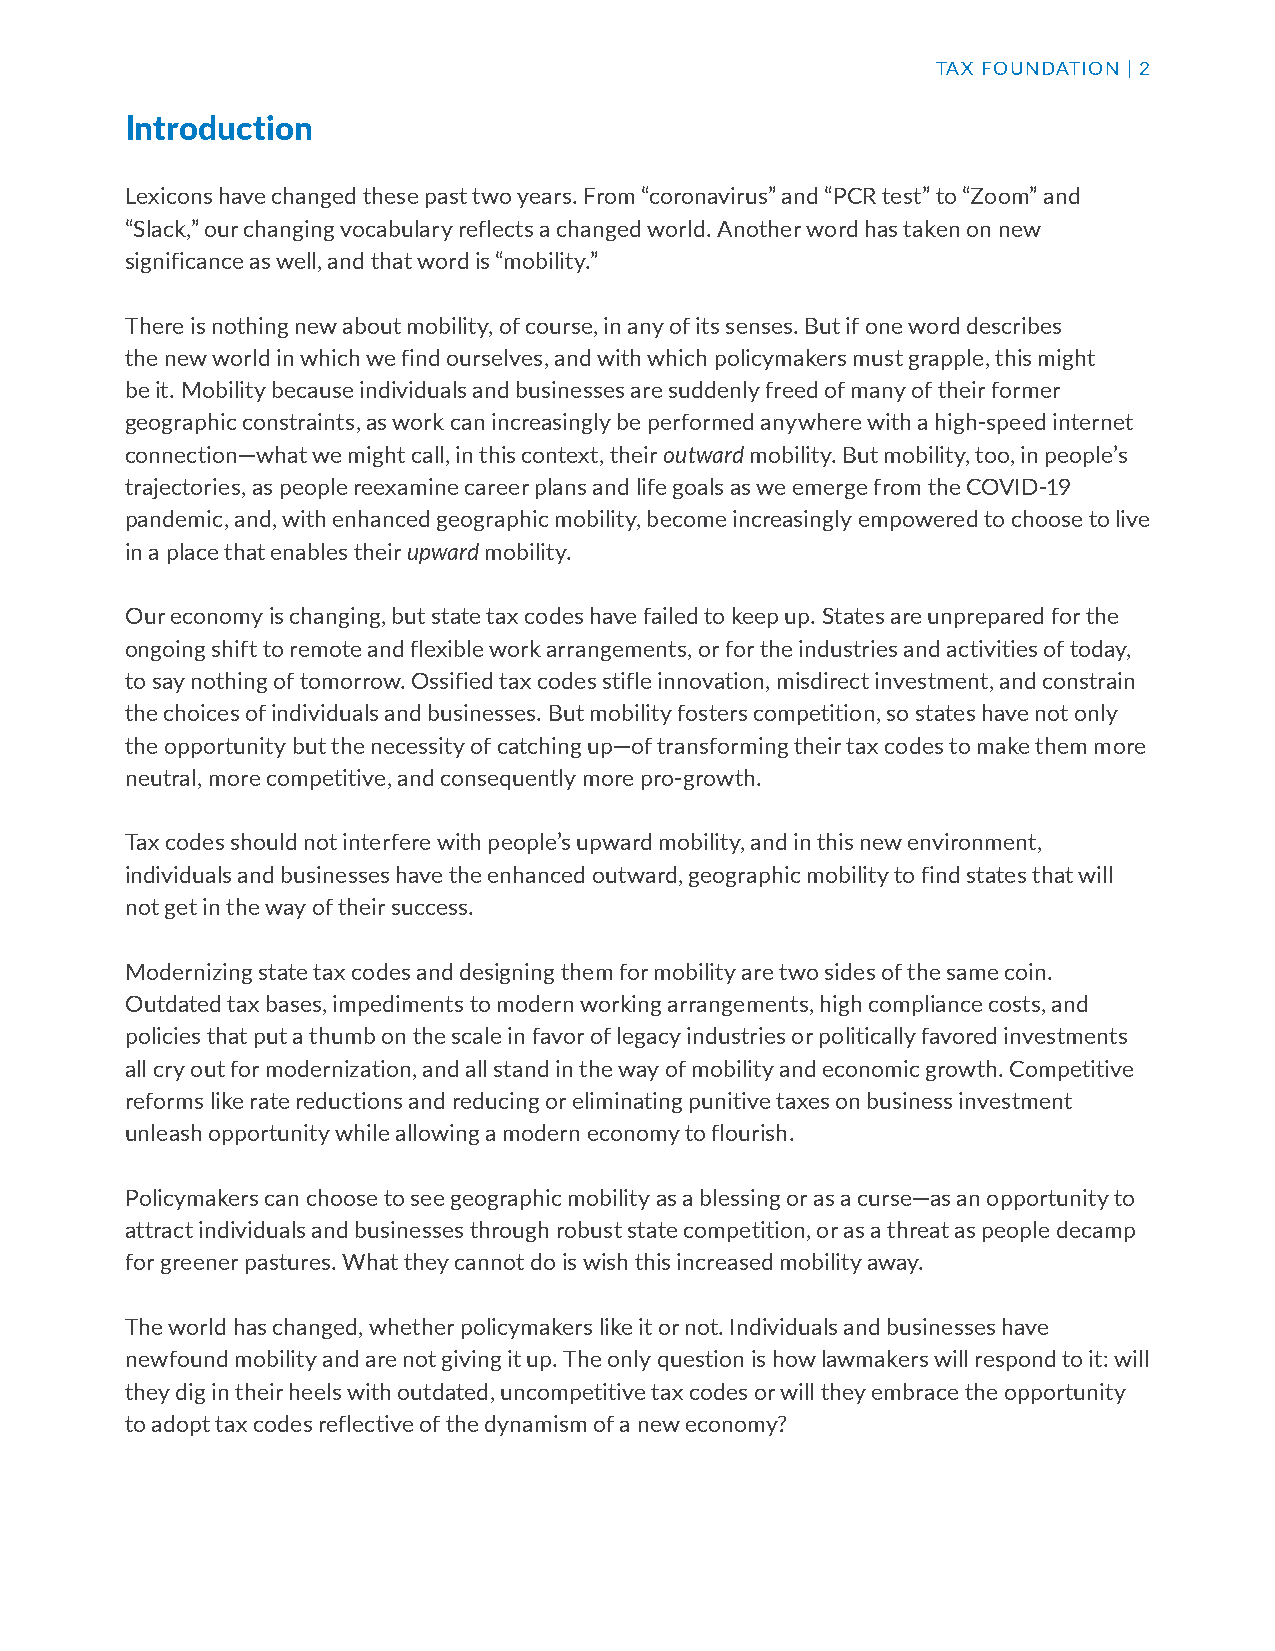
TAX FOUNDATION | 2
 Introduction
 Lexicons have changed these past two years. From “coronavirus” and “PCR test” to “Zoom” and
 “Slack,” our changing vocabulary reflects a changed world. Another word has taken on new
 significance as well, and that word is “mobility.”
 There is nothing new about mobility, of course, in any of its senses. But if one word describes
 the new world in which we find ourselves, and with which policymakers must grapple, this might
 be it. Mobility because individuals and businesses are suddenly freed of many of their former
 geographic constraints, as work can increasingly be performed anywhere with a high-speed internet
 connection—what we might call, in this context, their outward mobility. But mobility, too, in people’s
 trajectories, as people reexamine career plans and life goals as we emerge from the COVID-19
 pandemic, and, with enhanced geographic mobility, become increasingly empowered to choose to live
 in a place that enables their upward mobility.
 Our economy is changing, but state tax codes have failed to keep up. States are unprepared for the
 ongoing shift to remote and flexible work arrangements, or for the industries and activities of today,
 to say nothing of tomorrow. Ossified tax codes stifle innovation, misdirect investment, and constrain
 the choices of individuals and businesses. But mobility fosters competition, so states have not only
 the opportunity but the necessity of catching up—of transforming their tax codes to make them more
 neutral, more competitive, and consequently more pro-growth.
 Tax codes should not interfere with people’s upward mobility, and in this new environment,
 individuals and businesses have the enhanced outward, geographic mobility to find states that will
 not get in the way of their success.
 Modernizing state tax codes and designing them for mobility are two sides of the same coin.
 Outdated tax bases, impediments to modern working arrangements, high compliance costs, and
 policies that put a thumb on the scale in favor of legacy industries or politically favored investments
 all cry out for modernization, and all stand in the way of mobility and economic growth. Competitive
 reforms like rate reductions and reducing or eliminating punitive taxes on business investment
 unleash opportunity while allowing a modern economy to flourish.
 Policymakers can choose to see geographic mobility as a blessing or as a curse—as an opportunity to
 attract individuals and businesses through robust state competition, or as a threat as people decamp
 for greener pastures. What they cannot do is wish this increased mobility away.
 The world has changed, whether policymakers like it or not. Individuals and businesses have
 newfound mobility and are not giving it up. The only question is how lawmakers will respond to it: will
 they dig in their heels with outdated, uncompetitive tax codes or will they embrace the opportunity
 to adopt tax codes reflective of the dynamism of a new economy?